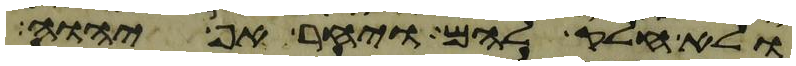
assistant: ולא חלק להם ויחר אף יהוה